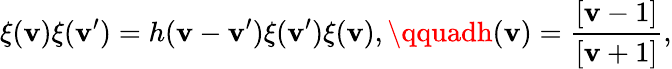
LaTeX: \xi(\mathbf{v})\xi(\mathbf{v}^{\prime})=h(\mathbf{v}-\mathbf{v}^{\prime})\xi(\mathbf{v}^{\prime})\xi(\mathbf{v}),\qquadh(\mathbf{v})=\frac{{[\mathbf{v}-1]}}{{[\mathbf{v}+1]}},